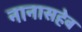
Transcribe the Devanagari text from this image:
नानासहेब